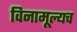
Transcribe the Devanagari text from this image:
विनामूल्यच